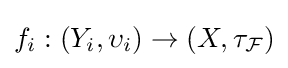
f_{i}:\left(Y_{i},\upsilon _{i}\right)\to \left(X,\tau _{\mathcal {F}}\right)